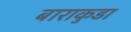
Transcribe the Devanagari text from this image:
बाराकुडा